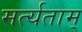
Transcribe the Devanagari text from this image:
मर्त्यताम्